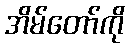
အိမ်တော်ကို